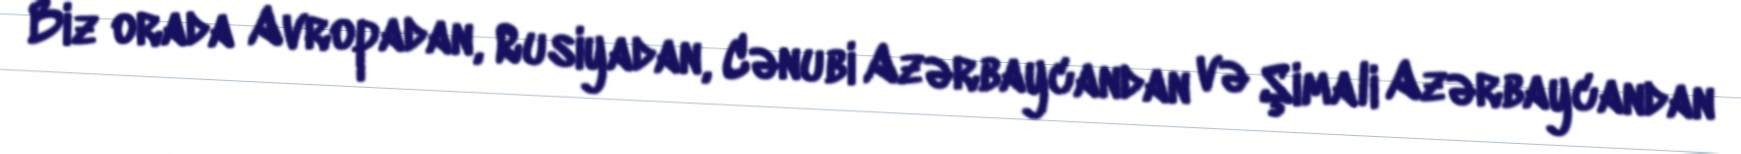
Biz orada Avropadan, Rusiyadan, Cənubi Azərbaycandan və Şimali Azərbaycandan